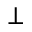
\bot